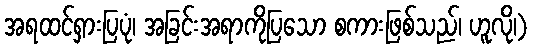
အရထင်ရှားပြပုံ၊ အခြင်းအရာကိုပြသော စကားဖြစ်သည်၊ ဟူလို၊)